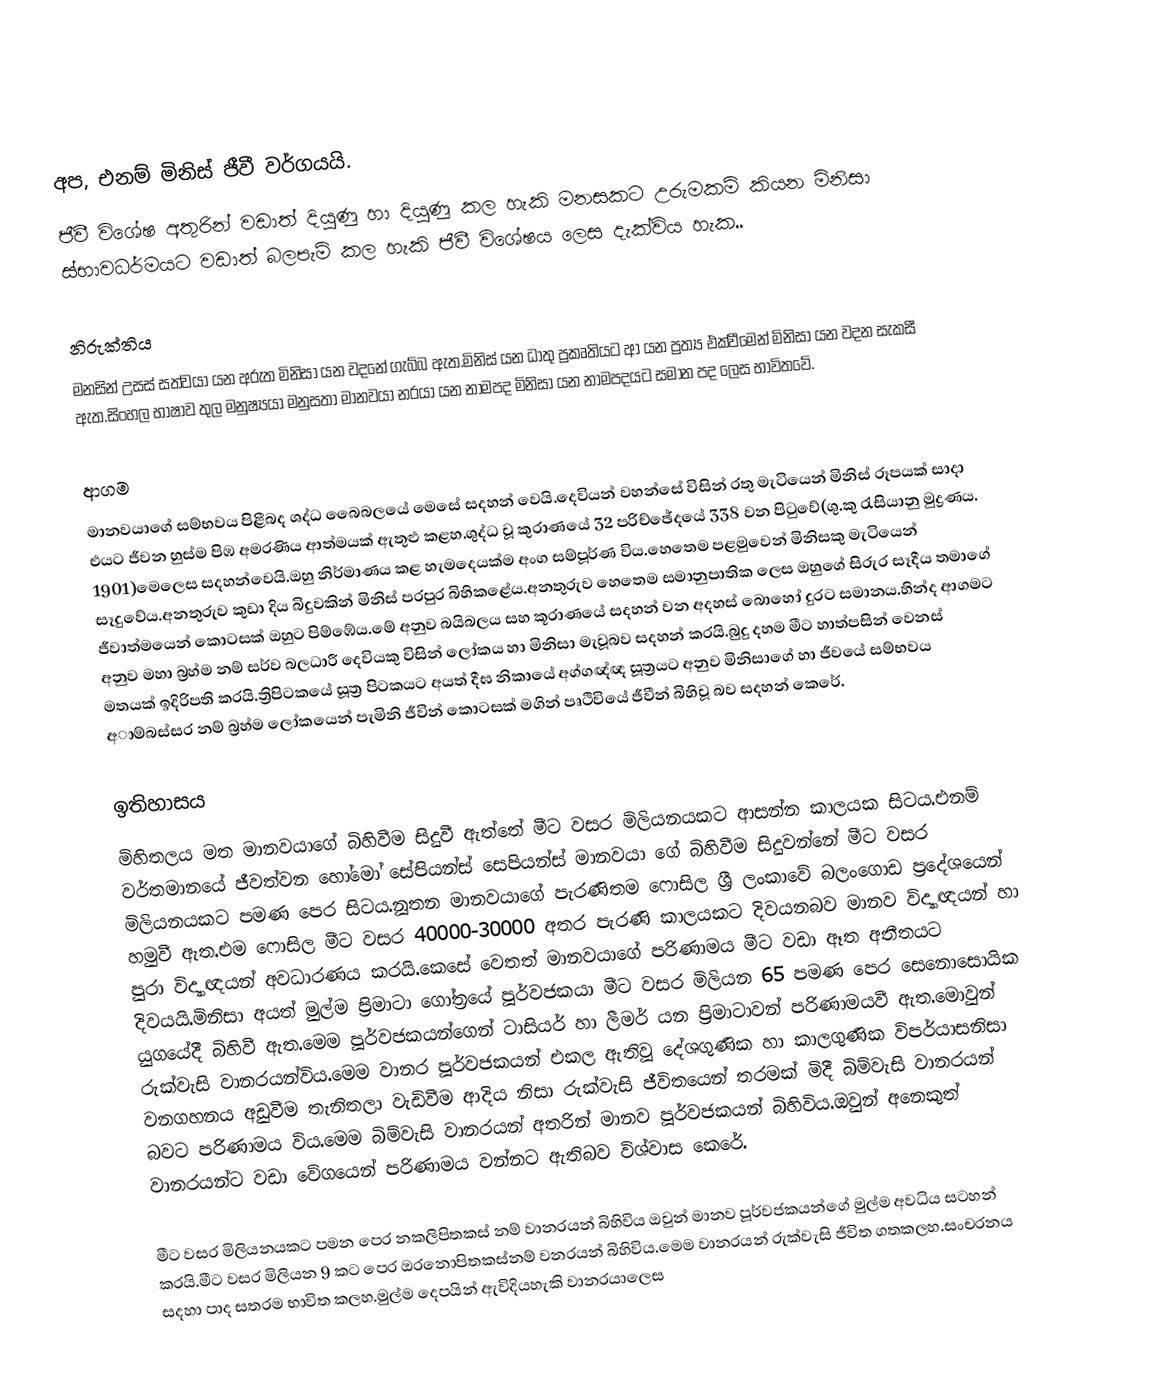
අප, එනම් මිනිස් ජීවී වර්ගයයි.
ජීවී විශේෂ අතුරින් වඩාත් දියුණු හා දියුණු කල හැකි මනසකට උරුමකම් කියන මිනිසා ස්භාවධර්මයට වඩාත් බලපැම් කල හැකි ජීවී විශේෂය ලෙස දැක්විය හැක..

නිරුක්තිය
මනසින් උසස් සත්වයා යන අරුත මිනිසා යන වදනේ ගැබ්බ ඇත.මිනිස් යන ධාතු ප්‍රකෘතියට ආ යන ප්‍රත්‍ය එක්වීමෙන් මිනිසා යන වදන සැකසී ඇත.සිංහල භාෂාව තුල මනුෂ්‍යයා මනුසතා මානවයා නරයා යන නාමපද මිනිසා යන නාමපදයට සමාන පද ලෙස භාවිතවේ.

ආගම
මානවයාගේ සම්භවය පිළීබද ශද්ධ බෛබලයේ මෙසේ සදහන් වෙයි.දෙවියන් වහන්සේ විසින් රතු මැටියෙන් මිනිස් රූපයක් සාදා එයට ජීවන හුස්ම පිඹ අමරණිය ආත්මයක් ඇතුළු කළහ.ශුද්ධ වූ කුරාණයේ 32 පරිච්ඡේදයේ 338 වන පිටුවේ(ශු.කු රැසියානු මුද්‍රණය. 1901)මෙලෙස සදහන්වෙයි.ඔහු නිර්මාණය කළ හැමදෙයක්ම අංග සම්පූර්ණ විය.හෙතෙම පළමුවෙන් මිනිසකු මැටියෙන් සෑදුවේය.අනතුරුව කුඩා දිය බිදුවකින් මිනිස් පරපුර බිහිකළේය.අනතුරුව හෙතෙම සමානුපාතික ලෙස ඔහුගේ සිරුර සෑදීය තමාගේ ජීවාත්මයෙන් කොටසක් ඔහුට පිම්ඹේය.මේ අනුව බයිබලය සහ කූරාණයේ සදහන් වන අදහස් බොහෝ දුරට සමානය.හින්ද ආගමට අනුව මහා බ්‍රහ්ම නම් සර්ව බලධාරී දෙවියකු විසින් ලෝකය හා මිනිසා මැවූබව සදහන් කරයි.බුදු දහම මීට හාත්පසින් වෙනස් මතයක් ඉදිරිපති කරයි.ත්‍රිපිටකයේ සූත්‍ර පිටකයට අයත් දීඝ නිකායේ අග්ගඥ්ඥ සූත්‍රයට අනුව මිනිසාගේ හා ජීවයේ සම්භවය අාම්බස්සර නම් බ්‍රහ්ම ලෝකයෙන් පැමිනි ජීවින් කොටසක් මගින් පෘථිවියේ ජීවීන් බිහිවූ බව සදහන් කෙරේ.

ඉතිහාසය
මිහිතලය මත මානවයාගේ බිහිවීම සිදුවී ඇත්තේ මීට වසර මිලියනයකට ආසන්න කාලයක සිටය.එනම් වර්තමානයේ ජීවත්වන හෝමෝ සේපියන්ස් සෙපියන්ස් මානවයා ගේ බිහිවීම සිදුවන්නේ මීට වසර මිලියනයකට පමණ පෙර සිටය.නූතන මානවයාගේ පැරණිතම ෆොසිල ශ්‍රී ලංකාවේ බලංගොඩ ප්‍රදේශයෙන් හමුවී ඇත.එම ෆොසිල මීට වසර 40000-30000 අතර පැරණි කාලයකට දිවයනබව මානව විද්‍යාඥයන් හා පුරා විද්‍යාඥයන් අවධාරණය කරයි.කෙසේ වෙතත් මානවයාගේ පරිණාමය මීට වඩා ඈත අතීතයට දිවයයි.මිනිසා අයත් මුල්ම ප්‍රිමාටා ගෝත්‍රයේ පූර්වජකයා මීට වසර මිලියන 65 පමණ පෙර සෙනොසොයික යුගයේදී බිහිවී ඇත.මෙම පූර්වජකයන්ගෙන් ටාසියර් හා ලීමර් යන ප්‍රිමාටාවන් පරිණාමයවී ඇත.මොවුන් රුක්වැසි වානරයන්විය.මෙම වානර පූර්වජකයන් එකල ඇතිවූ දේශගුණික හා කාලගුණික විපර්යාසනිසා වනගහනය අඩුවීම තැනිතලා වැඩිවීම ආදිය නිසා රුක්වැසි ජීවිතයෙන් තරමක් මිදී බිම්වැසි වානරයන් බවට පරිණාමය විය.මෙම බිම්වැසි වානරයන් අතරින් මානව පූර්වජකයන් බිහිවිය.ඔවුන් අනෙකුත් වානරයන්ට වඩා වේගයෙන් පරිණාමය වන්නට ඇතිබව විශ්වාස කෙරේ.

මීට වසර මිලියනයකට පමන පෙර නකලිපිතකස් නම් වානරයන් බිහිවිය ඔවුන් මානව පූර්වජකයන්ගේ මුල්ම අවධිය සටහන් කරයි.මීට වසර මිලියන 9 කට පෙර ඔරනොපිතකස්නම් වනරයන් බිහිවිය.මෙම වානරයන් රුක්වැසි ජීවිත ගතකලහ.සංචරනය සදහා පාද සතරම භාවිත කලහ.මුල්ම දෙපයින් ඇවිදියහැකි වානරයාලෙස